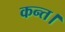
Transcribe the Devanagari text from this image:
कन्‍त।